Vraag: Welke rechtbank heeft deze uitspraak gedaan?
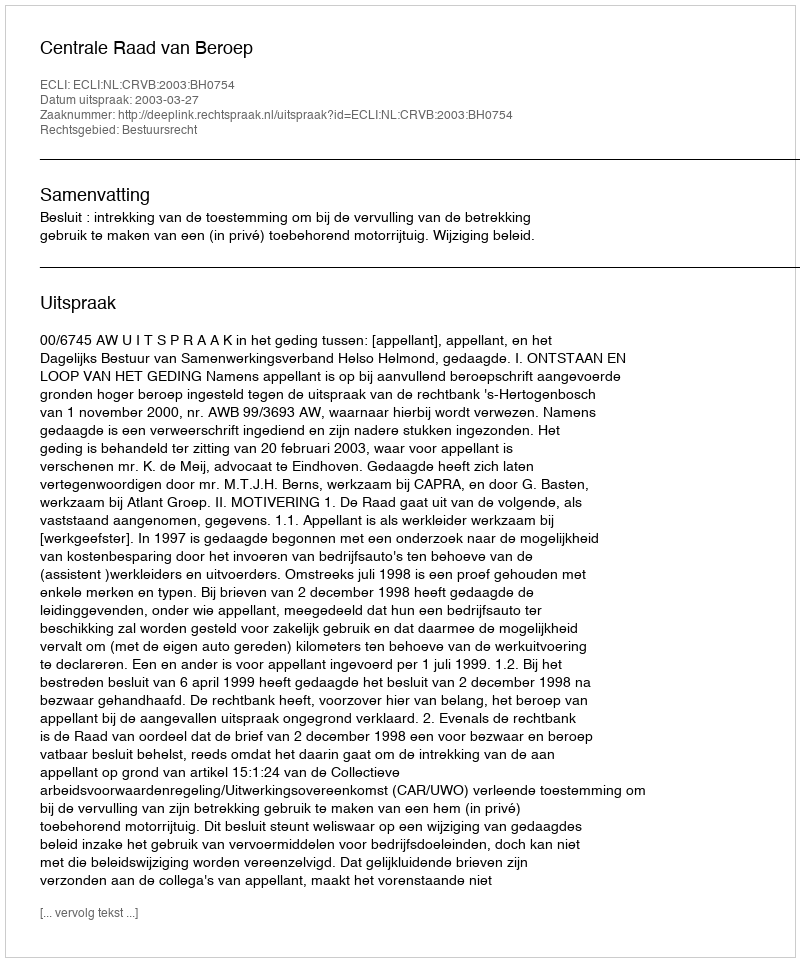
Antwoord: Centrale Raad van Beroep